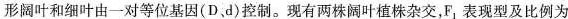
形阔叶和细叶由一对等位基因(D，d)控制。现有两株阔叶植株杂交，F_{1}表现型及比例为